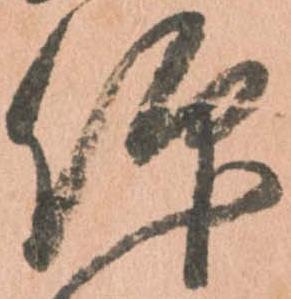
仰